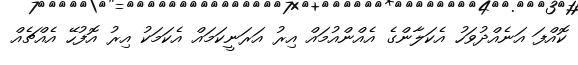
ކޮއްފަ އަނެއްދުވަހު އެކަލާންގެ އެއްންއުމައް އިރު އަރަނީކަމައް އެކަމަކު އިރު އޮފުހޭ އެއްޗެއް